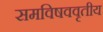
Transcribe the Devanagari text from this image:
समविषववृतीय